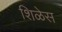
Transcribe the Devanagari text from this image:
शिळेस